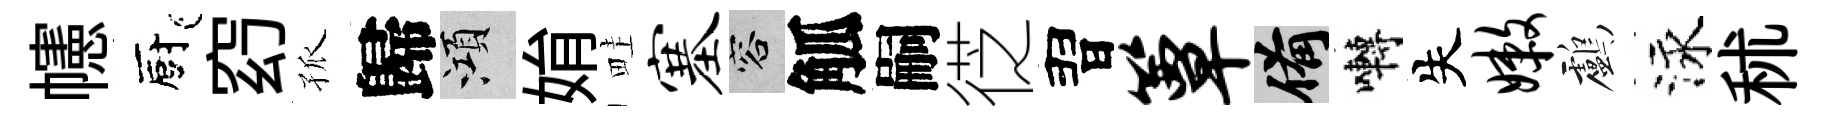
幰廚𥥆孤歸澒姢畦塞容觚嗣徔習簟備囀失嫩鸕泳秫